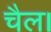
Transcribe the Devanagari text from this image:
चैल।